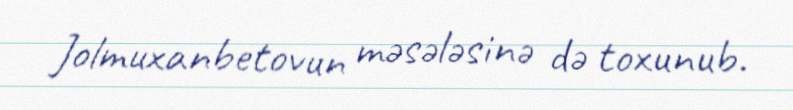
Jolmuxanbetovun məsələsinə də toxunub.